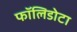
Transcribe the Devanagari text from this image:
फॉलिडोटा